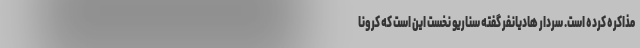
مذاکره کرده است. سردار هادیانفر گفته سناریو نخست این است که کرونا